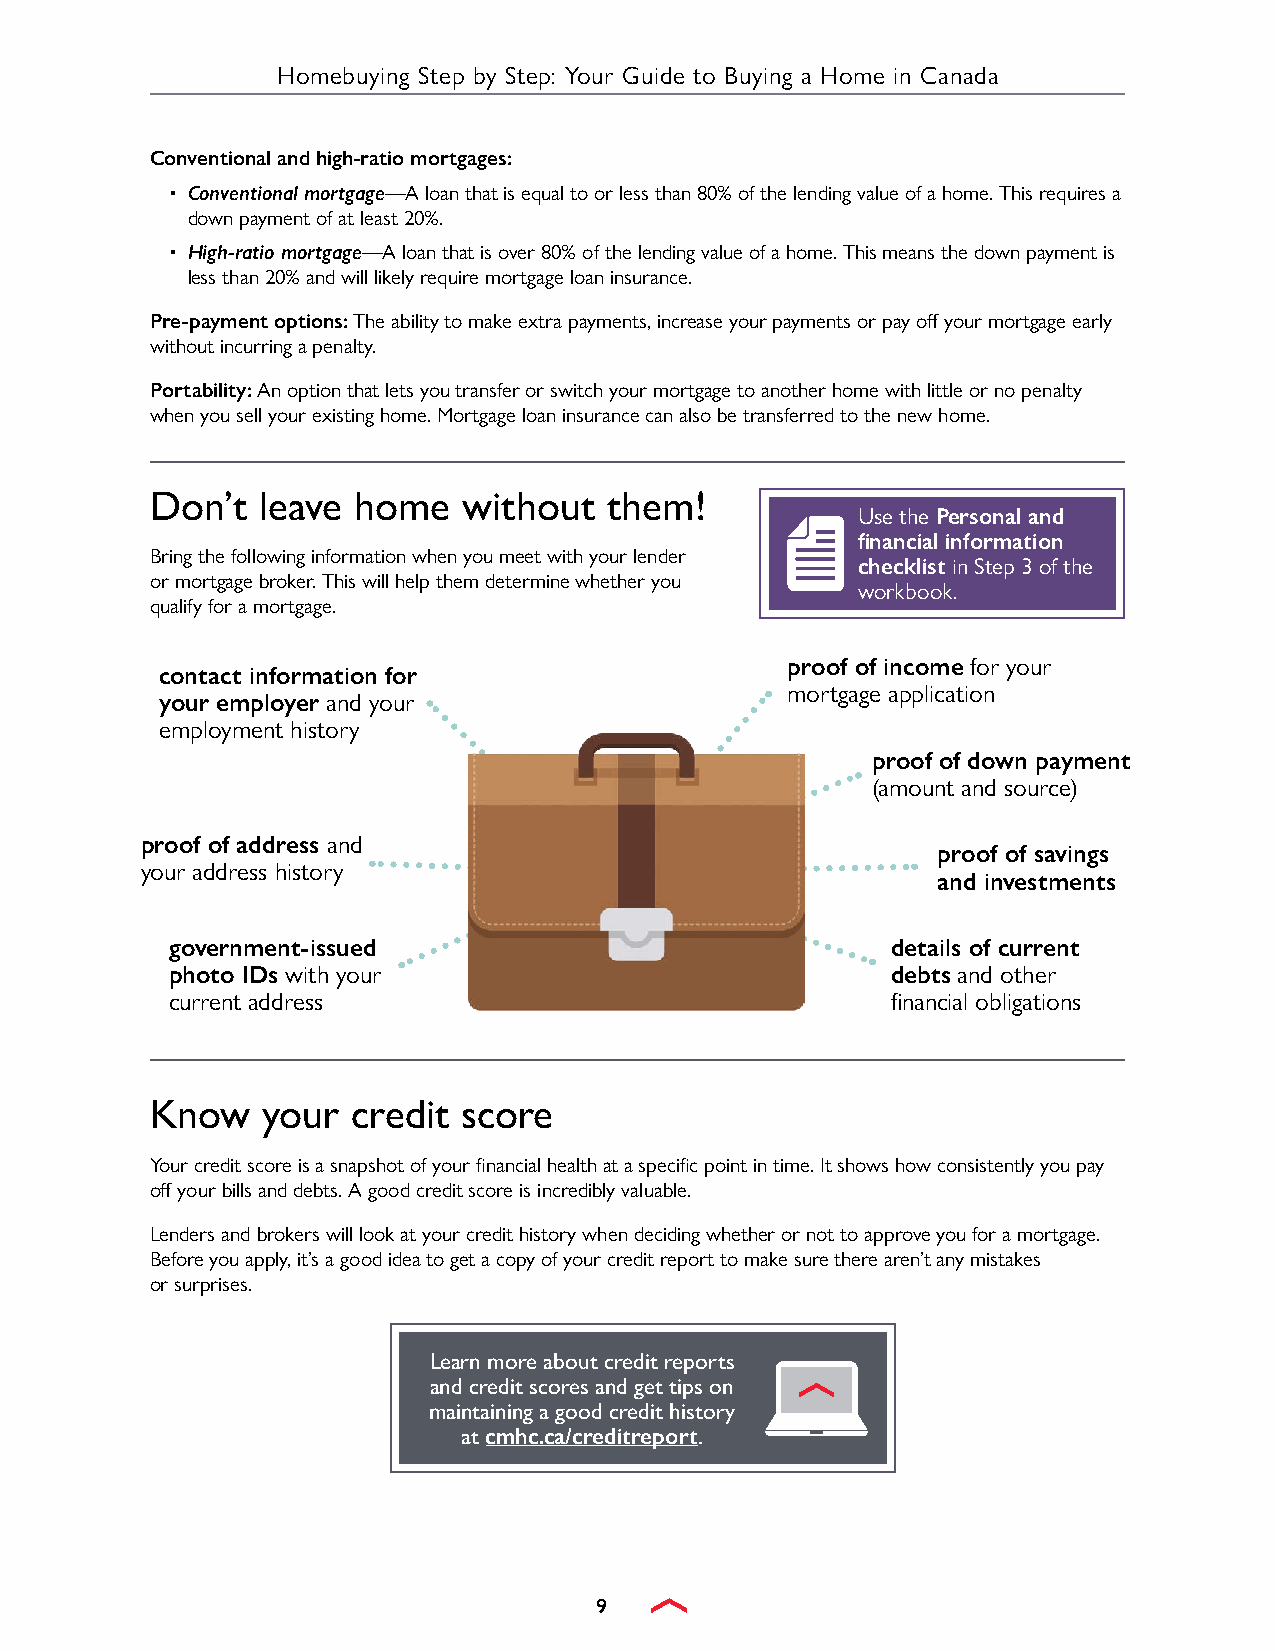
Homebuying Step by Step: Your Guide to Buying a Home in Canada
 Conventional and high-ratio mortgages:
 • Conventional mortgage—A loan that is equal to or less than 80% of the lending value of a home. This requires a
 down payment of at least 20%.
 • High-ratio mortgage—A loan that is over 80% of the lending value of a home. This means the down payment is
 less than 20% and will likely require mortgage loan insurance.
 Pre-payment options: The ability to make extra payments, increase your payments or pay off your mortgage early
 without incurring a penalty.
 Portability: An option that lets you transfer or switch your mortgage to another home with little or no penalty
 when you sell your existing home. Mortgage loan insurance can also be transferred to the new home.
 Don’t  leave home    without  them!
 Use the Personal and
 financial information
 Bring the following information when you meet with your lender
 checklist in Step 3 of the
 or mortgage broker. This will help them determine whether you
 workbook.
 qualify for a mortgage.
 proof of income for your
 contact information for
 mortgage application
 your employer and your
 employment history
 proof of down payment
 (amount and source)
 proof of address and
 proof of savings
 your address history
 and investments
 government-issued                               details of current
 photo IDs with your                             debts and other
 current address                                 financial obligations
 Know   your  credit  score
 Your credit score is a snapshot of your financial health at a specific point in time. It shows how consistently you pay
 off your bills and debts. A good credit score is incredibly valuable.
 Lenders and brokers will look at your credit history when deciding whether or not to approve you for a mortgage.
 Before you apply, it’s a good idea to get a copy of your credit report to make sure there aren’t any mistakes
 or surprises.
 Learn more about credit reports
 and credit scores and get tips on
 maintaining a good credit history
 at cmhc.ca/creditreport.
 9